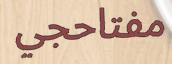
مفتاحجي